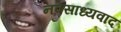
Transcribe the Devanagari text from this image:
नवसाध्यवाद